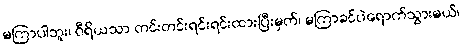
မကြာပါဘူး၊ ဝီရိယသာ တင်းတင်းရင်းရင်းထားပြီးမှတ်၊ မကြာခင်ပဲရောက်သွားမယ်၊